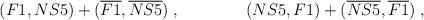
LaTeX: \begin{align*}(F1,NS5)+(\overline{F1},\overline{NS5}) \; , \qquad\qquad(NS5,F1)+(\overline{NS5},\overline{F1}) \; ,\end{align*}